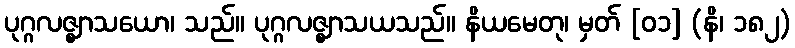
ပုဂ္ဂလဇ္ဈာသယော၊ သည်။ ပုဂ္ဂလဇ္ဈာသယသည်။ နိယမေတု၊ မှတ် [၀၁] (နိ၊ ၁၈၂)